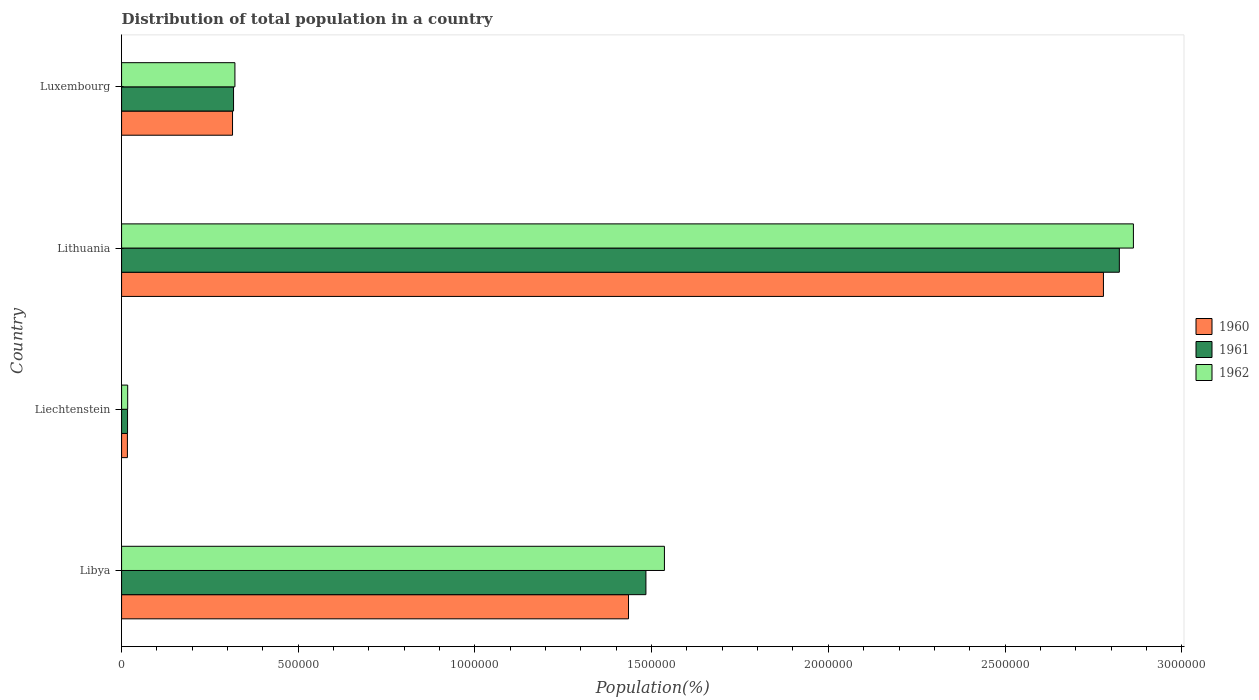
| Country | 1960 | 1961 | 1962 |
 | --- | --- | --- | --- |
 | Libya | 1.43e+06 | 1.48e+06 | 1.54e+06 |
 | Liechtenstein | 1.65e+04 | 1.69e+04 | 1.73e+04 |
 | Lithuania | 2.78e+06 | 2.82e+06 | 2.86e+06 |
 | Luxembourg | 3.14e+05 | 3.17e+05 | 3.21e+05 |